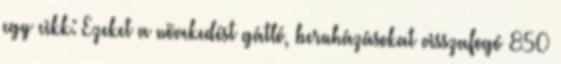
egy cikk: Ezeket a növekedést gátló, beruházásokat visszafogó 850